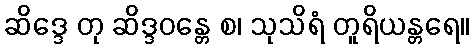
ဆိဒ္ဒေ တု ဆိဒ္ဒဝန္တေ စ၊ သုသိရံ တူရိယန္တရေ။